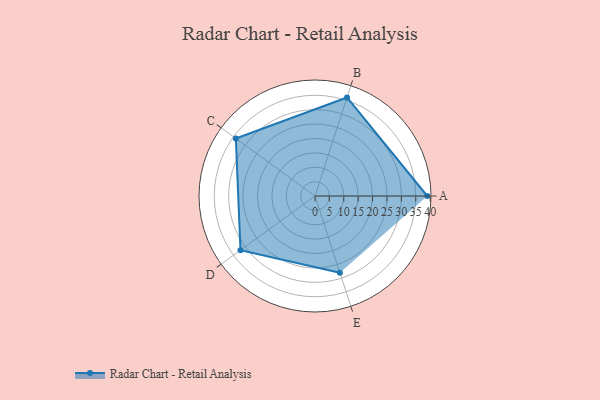
{"axis": {"x": "Skill", "y": "Score"}, "legend": ["Profile"], "data": [{"x": "A", "y": 39.0, "type": "Profile"}, {"x": "B", "y": 36.0, "type": "Profile"}, {"x": "C", "y": 34.0, "type": "Profile"}, {"x": "D", "y": 32.0, "type": "Profile"}, {"x": "E", "y": 28.0, "type": "Profile"}]}